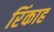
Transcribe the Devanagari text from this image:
रिंकाह